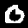
Digit: 0